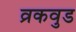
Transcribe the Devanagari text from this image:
व्रकवुड